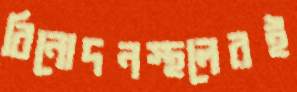
বিনোদনস্থলেরই